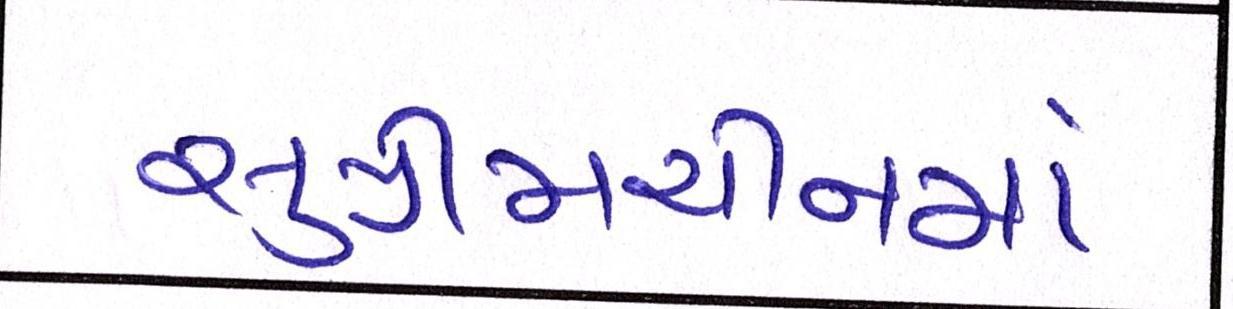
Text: સુપ્રીમચીનમાં